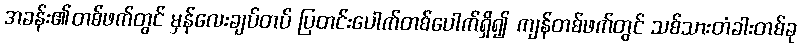
အခန်း၏တစ်ဖက်တွင် မှန်လေးချပ်တပ် ပြတင်းပေါက်တစ်ပေါက်ရှိ၍ ကျန်တစ်ဖက်တွင် သစ်သားတံခါးတစ်ခု